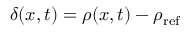
\delta ( x , t ) = \rho ( x , t ) - \rho _ { \mathrm { r e f } }